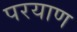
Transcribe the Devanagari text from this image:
परयाण